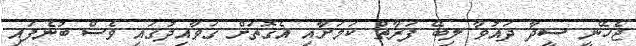
ޖެހޭނީ ސީދާ ދައުވާ ލިބޭ ފަރާތް ކަމަށާއި އެގޮތަށް ގަވާއިދުގައި ވެސް ބުނެފައި